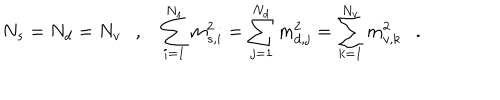
N _ { s } = N _ { d } = N _ { v } , \sum _ { i = 1 } ^ { N _ { s } } m _ { s , i } ^ { 2 } = \sum _ { j = 1 } ^ { N _ { d } } m _ { d , j } ^ { 2 } = \sum _ { k = 1 } ^ { N _ { v } } m _ { v , k } ^ { 2 } .